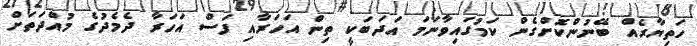
ހަތިޔާރެއް ބޭނުންކޮށްގެން ކަމުގައިވާނަމަ އަދަބަކީ ތިން އަހަރާއި ފަސް އަހަރާ ދެމެދުގެ މުއްދަތަށް